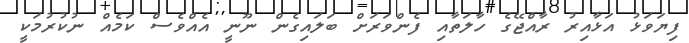
ފިޔަވަޅު އަޅާއިރު ރާއްޖޭގެ ހާލަތާއި ފެންވަރަށް ބަލައިގެން ނޫނީ އެއްވެސް ކަމެއް ނުކުރުމަކީ